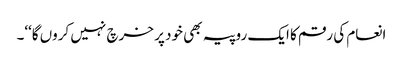
انعام کی رقم کا ایک روپیہ بھی خود پر خرچ نہیں کروں گا‘‘۔